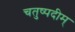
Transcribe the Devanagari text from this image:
चतुष्पदीम्